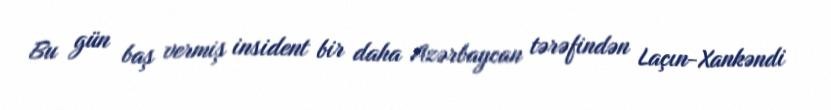
Bu gün baş vermiş insident bir daha Azərbaycan tərəfindən Laçın-Xankəndi